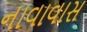
નાવાવાસ